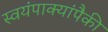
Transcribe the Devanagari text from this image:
स्वयंपाक्यांपैकी